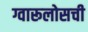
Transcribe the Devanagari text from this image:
ग्वारूलोसची